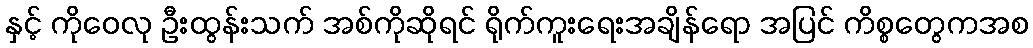
နှင့် ကိုဝေလု ဦးထွန်းသက် အစ်ကိုဆိုရင် ရိုက်ကူးရေးအချိန်ရော အပြင် ကိစ္စတွေကအစ